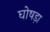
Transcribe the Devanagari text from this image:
घोषड़ा